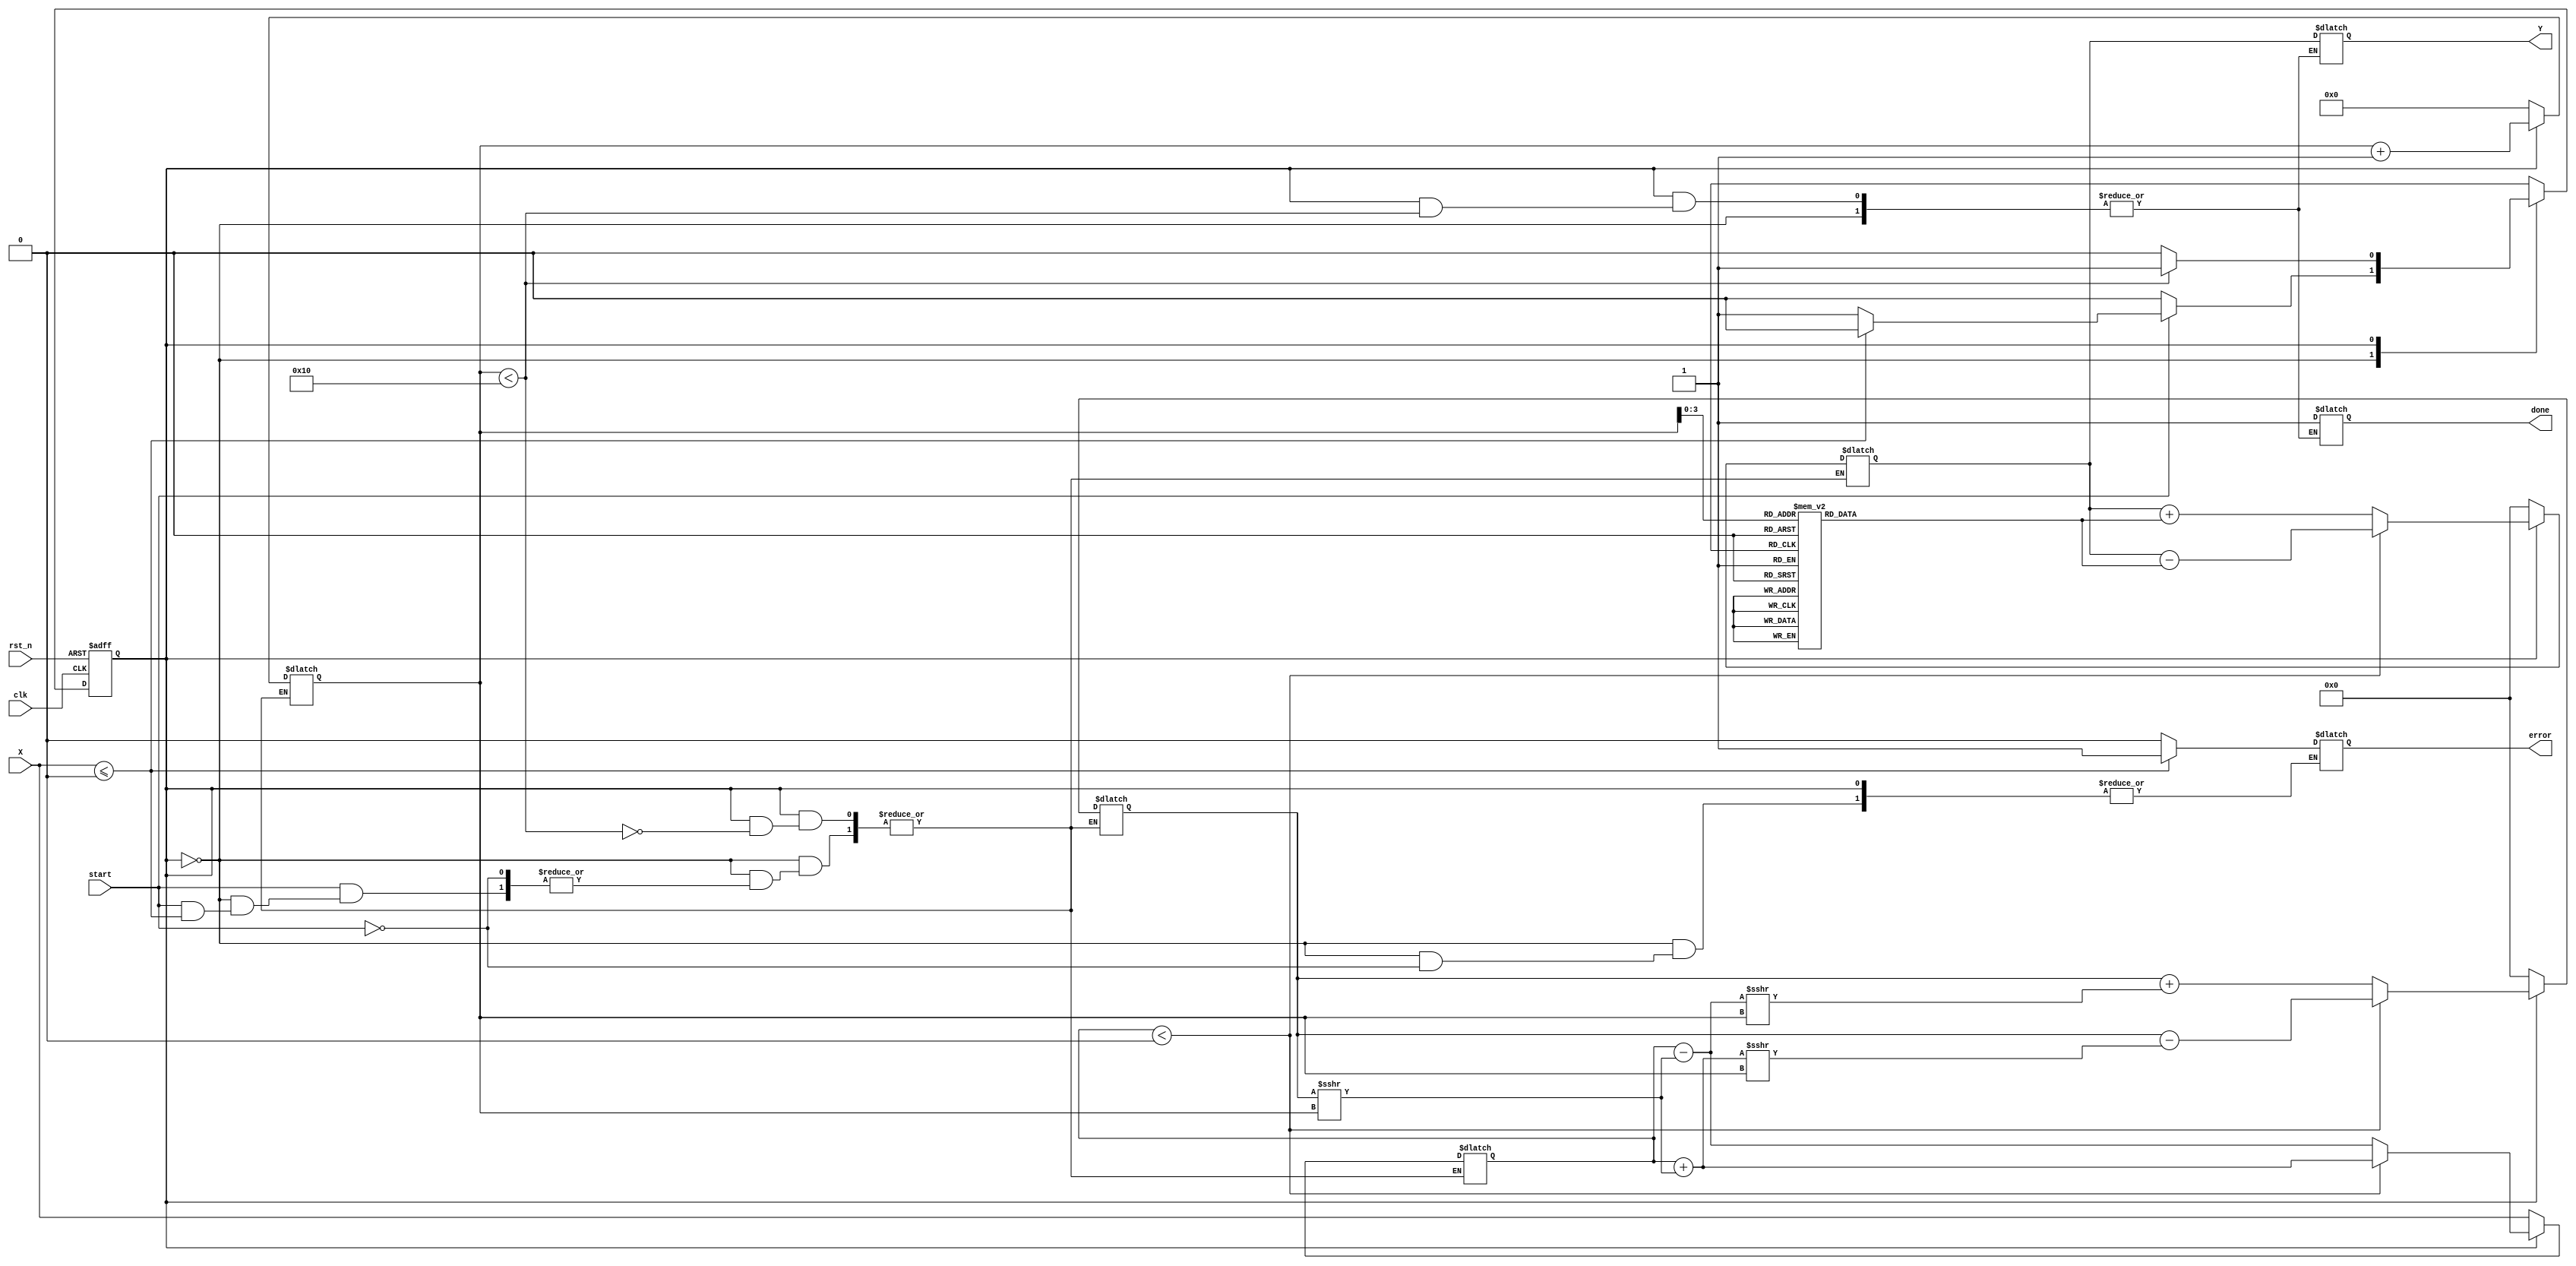
module cordic_logarithm #(
    parameter DATA_WIDTH = 32,
    parameter ITERATIONS = 16
)(
    input wire clk,
    input wire rst_n,
    input wire start,
    input wire [DATA_WIDTH-1:0] X, // Input positive float
    output reg [DATA_WIDTH-1:0] Y,  // Output logarithmic value
    output reg done,
    output reg error
);

    // Internal signals
    reg [DATA_WIDTH-1:0] curr_x, curr_y, angle;
    reg [DATA_WIDTH-1:0] atan_table [0:ITERATIONS-1]; // Lookup table for arctangent values
    reg [4:0] iteration_count;
    reg state, next_state;

    // log state machine
    localparam IDLE = 1'b0, START = 1'b1;

    // Initialize arctangent values (in fixed-point)
    initial begin
        atan_table[0] = 32'h20000000; // atan(1) = pi/4 = 0.785398...
        atan_table[1] = 32'h14100000; // atan(0.5) = 0.463647...
        atan_table[2] = 32'h0A300000; // atan(0.25) = 0.245037...
        // Fill in other atan lookup values...
    end

    // State machine for CORDIC iterations
    always @(posedge clk or negedge rst_n) begin
        if (!rst_n) begin
            state <= IDLE;
        end else begin
            state <= next_state;
        end
    end

    always @(*) begin
        next_state = state;
        case (state)
            IDLE: begin
                if (start) begin
                    if (X <= 0) begin
                        error = 1'b1; // Error for non-positive inputs
                        next_state = IDLE; // Remain in IDLE
                    end else begin
                        curr_x = X; 
                        curr_y = 'h0;
                        angle = 'h0;
                        iteration_count = 0;
                        error = 1'b0;
                        next_state = START;
                    end
                end
            end
            START: begin
                if (iteration_count < ITERATIONS) begin
                    // CORDIC iteration process
                    if (curr_x < 0) begin
                        curr_x = curr_x + (curr_y >>> iteration_count);
                        curr_y = curr_y - (curr_x >>> iteration_count);
                        angle = angle - atan_table[iteration_count];
                    end else begin
                        curr_x = curr_x - (curr_y >>> iteration_count);
                        curr_y = curr_y + (curr_x >>> iteration_count);
                        angle = angle + atan_table[iteration_count];
                    end
                    iteration_count = iteration_count + 1;
                end else begin
                    done = 1'b1;
                    Y = angle; // Output the result
                    next_state = IDLE; // Go back to IDLE
                end
            end
        endcase
    end

endmodule